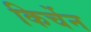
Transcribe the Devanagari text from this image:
किर्चेन